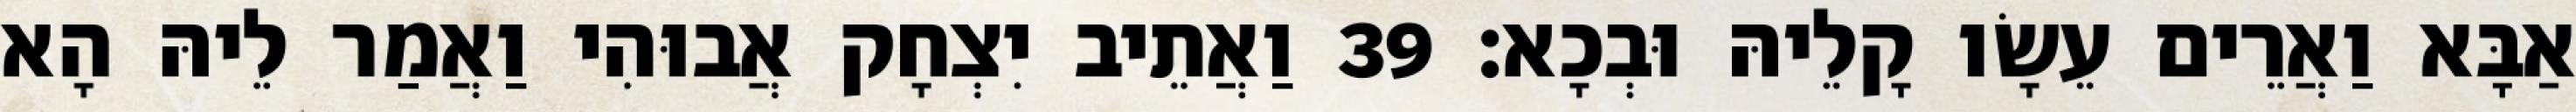
אַבָּא וַאֲרֵים עֵשָׂו קָלֵיהּ וּבְכָא׃ 39 וַאֲתֵיב יִצְחָק אֲבוּהִי וַאֲמַר לֵיהּ הָא